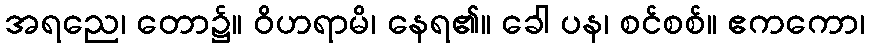
အရညေ၊ တော၌။ ဝိဟရာမိ၊ နေရ၏။ ခေါ ပန၊ စင်စစ်။ ဧကကော၊